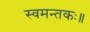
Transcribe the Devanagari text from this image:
स्वमन्तकः॥